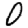
Digit: 0